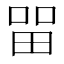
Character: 㽞